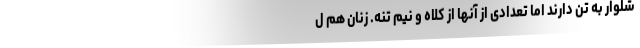
شلوار به تن دارند اما تعدادی از آنها از کلاه و نیم تنه. زنان هم ل